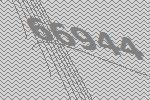
66944